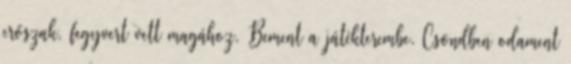
erőszak, fegyvert vett magához. Bement a játékterembe. Csöndben odament